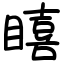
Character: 瞦